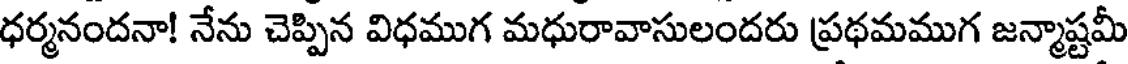
ధర్మనందనా! నేను చెప్పిన విధముగ మధురావాసులందరు ప్రథమముగ జన్మాష్టమీ